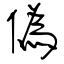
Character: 偽